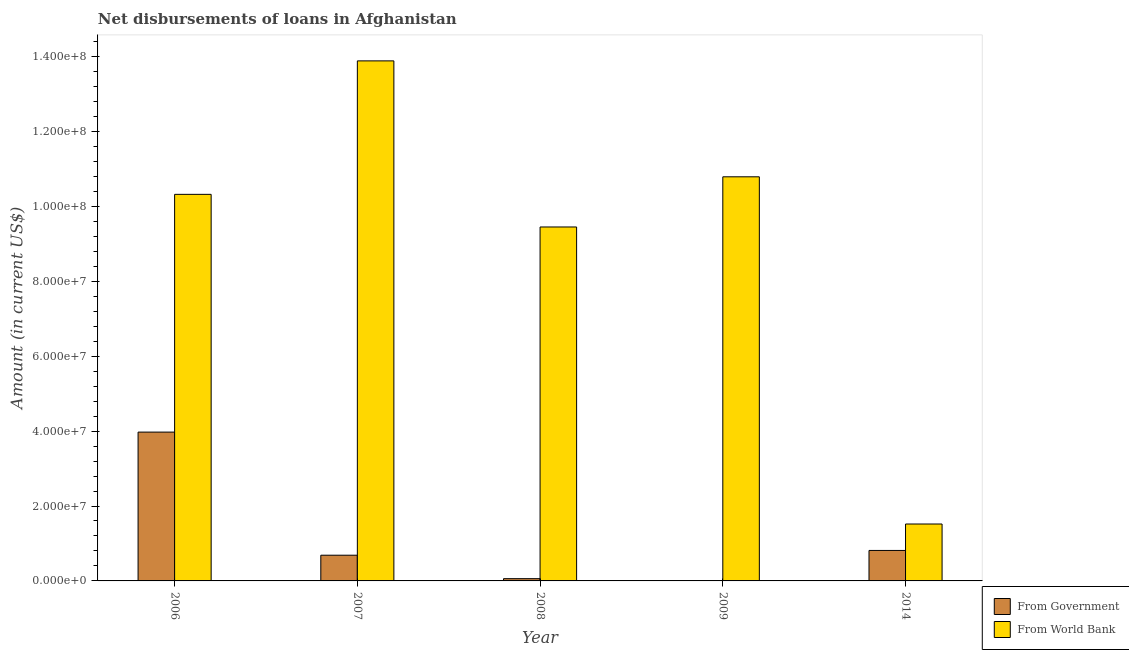
| Year | From Government | From World Bank |
 | --- | --- | --- |
 | 2006 | 3.97e+07 | 1.03e+08 |
 | 2007 | 6.86e+06 | 1.39e+08 |
 | 2008 | 6.04e+05 | 9.45e+07 |
 | 2009 | -2.26e+06 | 1.08e+08 |
 | 2014 | 8.14e+06 | 1.52e+07 |